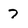
Character: 7